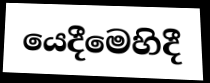
යෙදීමෙහිදී